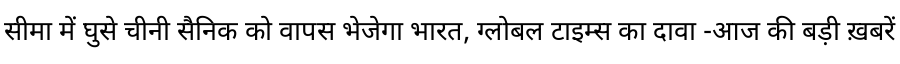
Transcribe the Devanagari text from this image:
सीमा में घुसे चीनी सैनिक को वापस भेजेगा भारत, ग्लोबल टाइम्स का दावा -आज की बड़ी ख़बरें